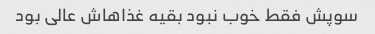
سوپش فقط خوب نبود بقیه غذاهاش عالی بود